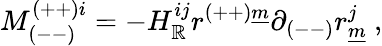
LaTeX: M_{(--)}^{(++)i}=-H_{\mathbb{R}}^{ij}r^{(++)\underline{{{{m}}}}}\partial_{(--)}r_{\underline{{{{m}}}}}^{j}~,